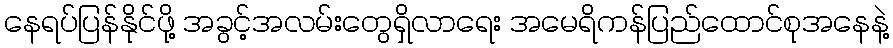
နေရပ်ပြန်နိုင်ဖို့ အခွင့်အလမ်းတွေရှိလာရေး အမေရိကန်ပြည်ထောင်စုအနေနဲ့